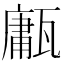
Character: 𤮇